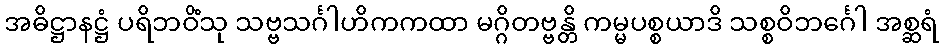
အဓိဋ္ဌာနဋ္ဌံ ပရိဘဝိံသု သဗ္ဗသင်္ဂါဟိကကထာ မဂ္ဂိတဗ္ဗန္တိ ကမ္မပစ္စယာဒိ သစ္စဝိဘင်္ဂေါ အစ္ဆရံ